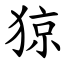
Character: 猄